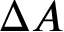
\Delta A